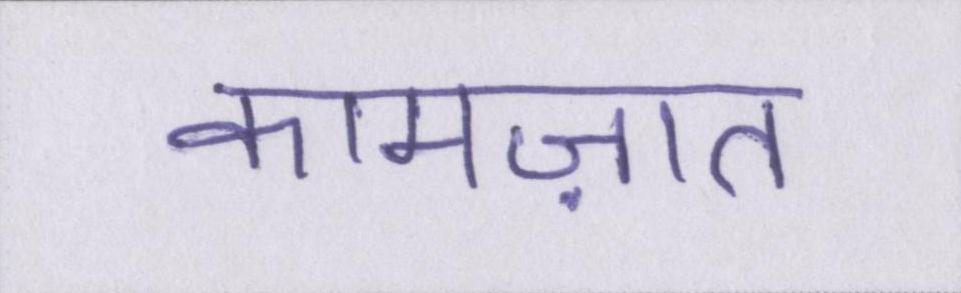
कामज़ात